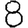
Digit: 8